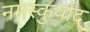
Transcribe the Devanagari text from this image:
नमस्कुर्याद्